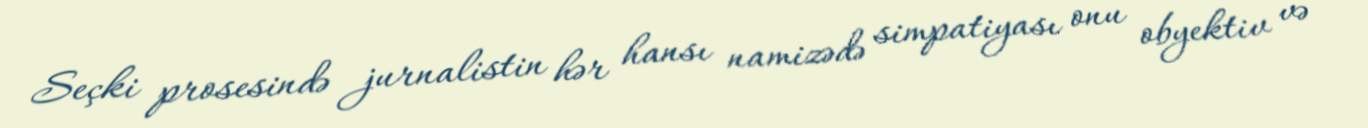
Seçki prosesində jurnalistin hər hansı namizədə simpatiyası onu obyektiv və